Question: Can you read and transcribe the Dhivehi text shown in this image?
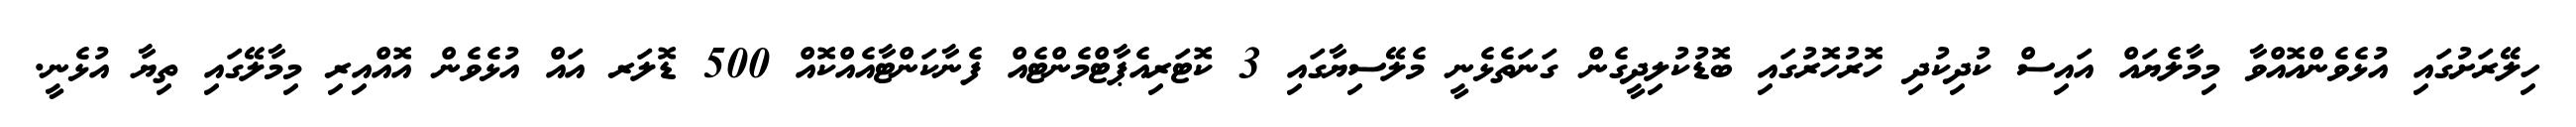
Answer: ހިލޭރަށުގައި އުޅެވެންއޮއްވާ މިމާލެޔައް އައިސް ކުދިކުދި ހޮރުހޮރުގައި ބޮޑުކުލިދީގެން ގަނަތެޅެނީ މެލޭސިޔާގައި 3 ކޮޓަރިއެޕާޓްމެންޓެއް ފެނާކަންޓާއެއްކޮއް 500 ޑޮލަރ އައް އުޅެވެން އޮއްއިރި މިމާލޭގައި ތިޔާ އުޅެނީ.